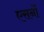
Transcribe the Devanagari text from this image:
एसर्नो